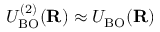
U _ { \mathrm { B O } } ^ { ( 2 ) } ( { \bf R } ) \approx U _ { \mathrm { B O } } ( { \bf R } )